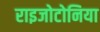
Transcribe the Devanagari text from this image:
राइजोटोनिया